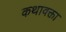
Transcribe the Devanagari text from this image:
कथावक्ता